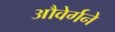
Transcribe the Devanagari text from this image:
औवेर्गने